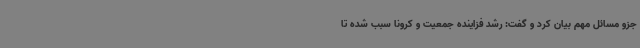
جزو مسائل مهم بیان کرد و گفت: رشد فزاینده جمعیت و کرونا سبب شده تا